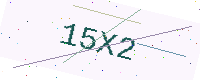
Text: 15X2